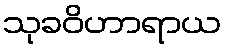
သုခဝိဟာရာယ